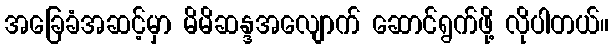
အခြေခံအဆင့်မှာ မိမိဆန္ဒအလျောက် ဆောင်ရွက်ဖို့ လိုပါတယ်။